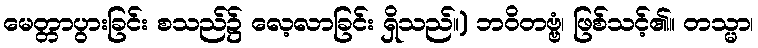
မေတ္တာပွားခြင်း စသည်၌ လေ့လာခြင်း ရှိသည်။) ဘဝိတဗ္ဗံ၊ ဖြစ်သင့်၏။ တသ္မာ၊